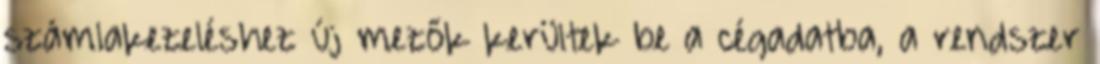
számlakezeléshez új mezők kerültek be a cégadatba, a rendszer